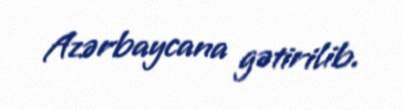
Azərbaycana gətirilib.